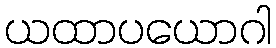
ယထာပယောဂါ